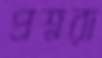
প্রশ্নরা